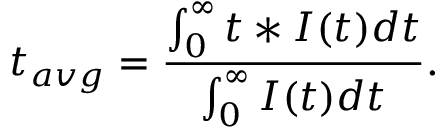
t _ { a v g } = \frac { \int _ { 0 } ^ { \infty } t * I ( t ) d t } { \int _ { 0 } ^ { \infty } I ( t ) d t } .